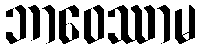
ဘာဝေဿာမ